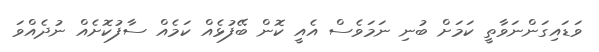
ވަޑައިގަންނަވާތީ ކަމަށް ބުނި ނަމަވެސް އެއީ ކޮން ބޭފުޅެއް ކަމެއް ސާފުކޮށެއް ނުދެއްވަ